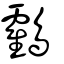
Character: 鸖